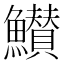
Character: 𮬖